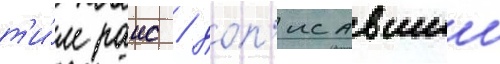
т'и́м раис / доп'исавшии